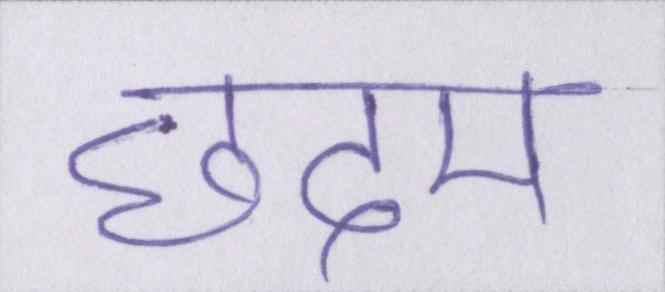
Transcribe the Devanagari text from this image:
छदम